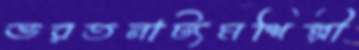
ভরতনাট্যমশিল্পী